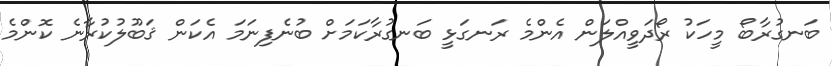
ބަނގުރާބޯ މީހަކު ރޯދަވީއްލަން އެންމެ ރަނގަޅީ ބަނގުރާކަމަށް ބުނެފިނަމަ އެކަން ޤަބޫލުކުރާނެ ކޮންމެ